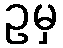
ဥမှ